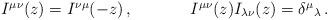
LaTeX: \begin{align*}\begin{array}{cc}I^{\mu\nu}(z)=I^{\nu\mu}(-z)\,,~~~~&~~~~I^{\mu\nu}(z)I_{\lambda\nu}(z)=\delta^{\mu}{}_{\lambda}\,.\end{array}\end{align*}